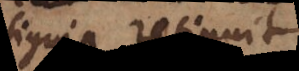
insignia retinuit,